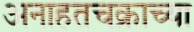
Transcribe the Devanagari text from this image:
अनाहतचक्राच्या